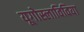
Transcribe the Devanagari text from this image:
यूगोस्लाविविया